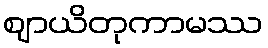
ဈာယိတုကာမဿ